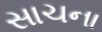
સાચના